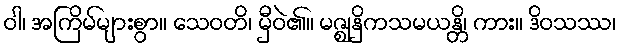
ဝါ၊ အကြိမ်များစွာ။ သေဝတိ၊ မှီဝဲ၏။ မဇ္ဈနှိကသမယန္တိ၊ ကား။ ဒိဝသဿ၊